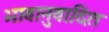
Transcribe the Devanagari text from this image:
भावानुवादित